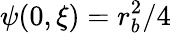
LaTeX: \psi(0,\xi)=r_{b}^{2}/4